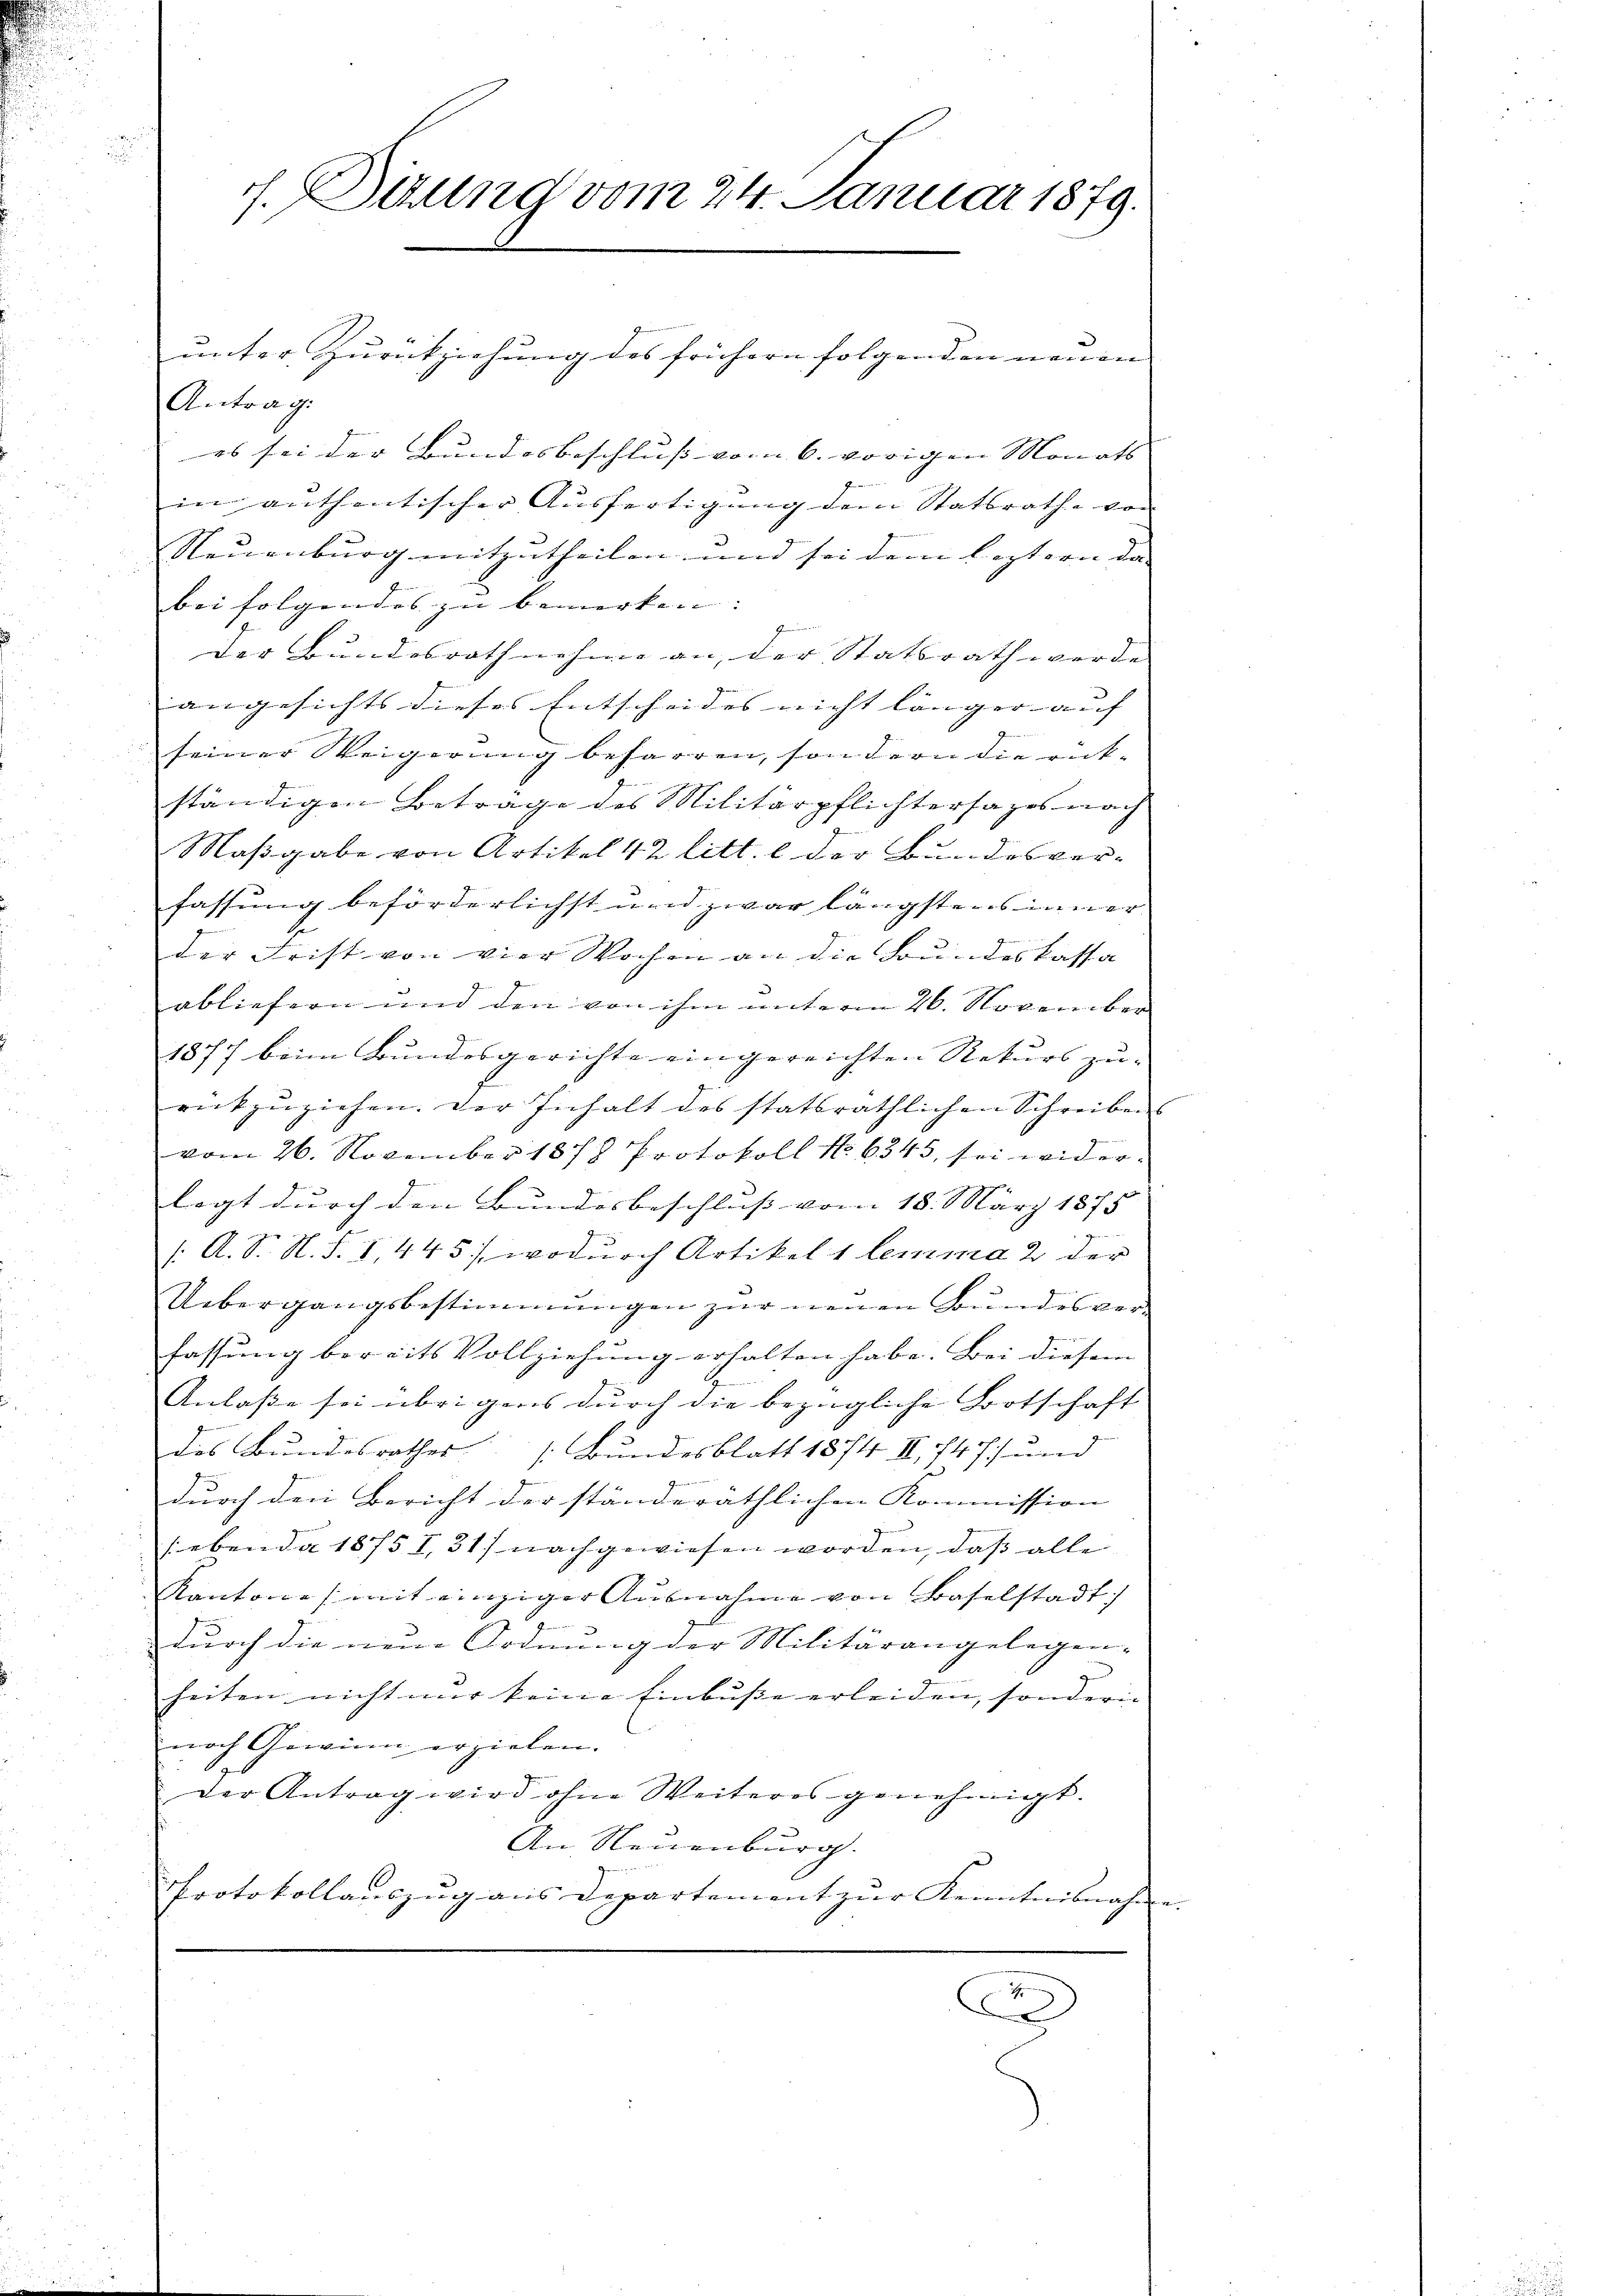
f. Sitzung vom 24. Januar 1879.

unter Zurückziehung des frühern folgenden neuen
Antrag.
es sei der Bundesbeschluss vom 6. vorigen Monats |
in anthentischer Ausfertigung dem Statsrathe von
Neuenburg mitzutheilen und sei dem leztern da-
bei folgendes zu bemerken. |
Der Bundesrath nehme an, der Statsrath werde
angesichts dieses Entscheides nicht länger auf
seiner Weigerung beharren, sondern die rücke
ständigen Betrage des Militärpflichtersages nach
Maßgabe von Artikel 42 litt. e der Bundesverfassung beförderlichst und zwar längstens inner
der Frist von vier Wochen an die Bundeskassa
abliefern und den von ihm unterm 26. November
1877 beim Bundesgerichte eingereichten Rekurs zurückzuziehen. Der Inhalt des statsräthlichen Schreibens
vom 26. November 1878 Protokoll No 6343, sei widerlegt durch den Bundesbeschluss vom 18. März 1875
/: A. S. N. S. I, 445), wodurch Artikel 1 lemma 2 der
Uebergangsbestimmungen zur neuen Bundesverfassung bereits Vollziehung erhalten habe. Bei diesem |
Anlaße sei übrigens durch die bezügliche Botschaft |
des Bundesrathes Bundesblatt 1874 III 747) und
durch den Bericht der ständeräthlichen Kommission |
sebende 1875 I,31) nachgewiesen worden, daß alle
Kantone mit einziger Ausnahme von Baselstadt)
durch die neue Ordnung der Militärangelegen-
heiten nicht nur keine Einbusse erleiden, sondern
noch Gewinn erzielen.
Der Antrag wird ohne Weiteres genehmigt.
An Neuenburg.
Protokollauszug aus Departement zur Kenntnisnahme |
C